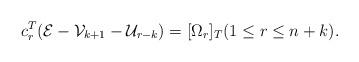
LaTeX: \begin{align*}c^T_r(\mathcal{E} - \mathcal{V}_{k+1} - \mathcal{U}_{r-k}) =[\Omega_r]_T(1\leq r\leq n+k). \end{align*}